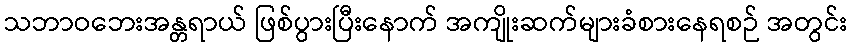
သဘာဝဘေးအန္တရာယ် ဖြစ်ပွားပြီးနောက် အကျိုးဆက်များခံစားနေရစဉ် အတွင်း